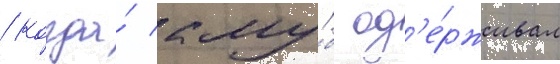
/ когда́ клу́б од'е́рживал